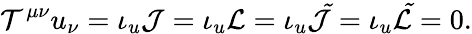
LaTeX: {\cal T}^{\mu\nu}u_{\nu}=\iota_{u}{\cal J}=\iota_{u}{\cal L}=\iota_{u}{\cal\tilde{J}}=\iota_{u}{\cal\tilde{L}}=0.